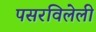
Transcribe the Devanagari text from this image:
पसरविलेली